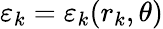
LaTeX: \varepsilon_{k}=\varepsilon_{k}(r_{k},\theta)